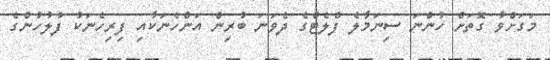
މަގަށްވާ ގޮތަށް ހުންނަ ސިނަމާލެ ފްލެޓްގެ ދެވަނަ ބުރިން އަންހެނަކާއި ފިރިހެނަކު ފުލުހުންގެ